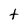
Character: t